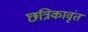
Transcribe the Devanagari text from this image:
छत्रिकावृंत